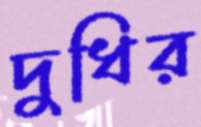
দুধির